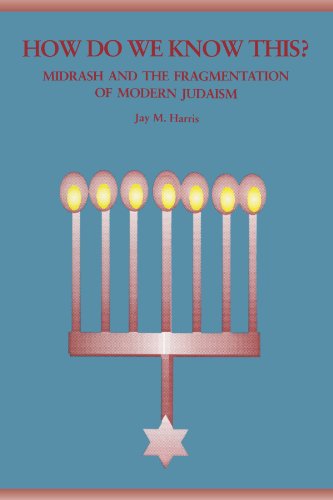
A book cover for How Do We Know This?: Midrash and the Fragmentation of Modern Judaism (Suny Series in Judaica); Jay M. Harris; Religion & Spirituality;